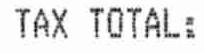
TAX TOTAL: